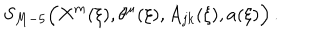
LaTeX: S _ { M - 5 } \Bigl ( X ^ { m } ( \xi ) , \theta ^ { \mu } ( \xi ) , A _ { j k } ( \xi ) , a ( \xi ) \Bigr ) \, .